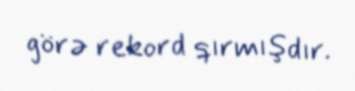
görə rekord qırmışdır.